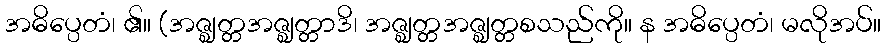
အဓိပ္ပေတံ၊ ၏။ (အဇ္ဈတ္တအဇ္ဈတ္တာဒိ၊ အဇ္ဈတ္တအဇ္ဈတ္တစသည်ကို။ န အဓိပ္ပေတံ၊ မလိုအပ်။